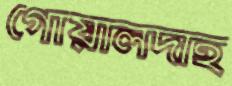
গোয়ালদাহ